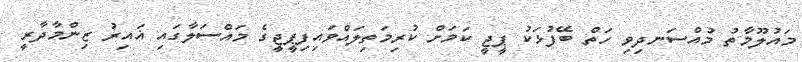
މައުލޫމާތު މުއްސަނދިވި ހަތް ބޭފުޅަކު ޕީޖީ ކަމަށް ކުރިމަތިލައްވައިފިޕީޖީގެ މައްސަލާގައި ޣައިރު ޒިންމާދާރީ